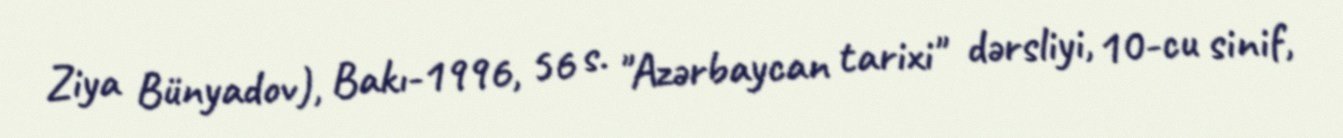
Ziya Bünyadov), Bakı-1996, 56 s. "Azərbaycan tarixi" dərsliyi, 10-cu sinif,